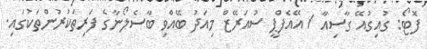
ފޮޓޯ: ގުއިގުއޭ ގާސިއާ / އޭއެފްޕީ ސުއަރޭޒް މިއަދު ބޭއްވި ބާސެލޯނާގެ ފަރިތަކުރުންތަކުގައި.